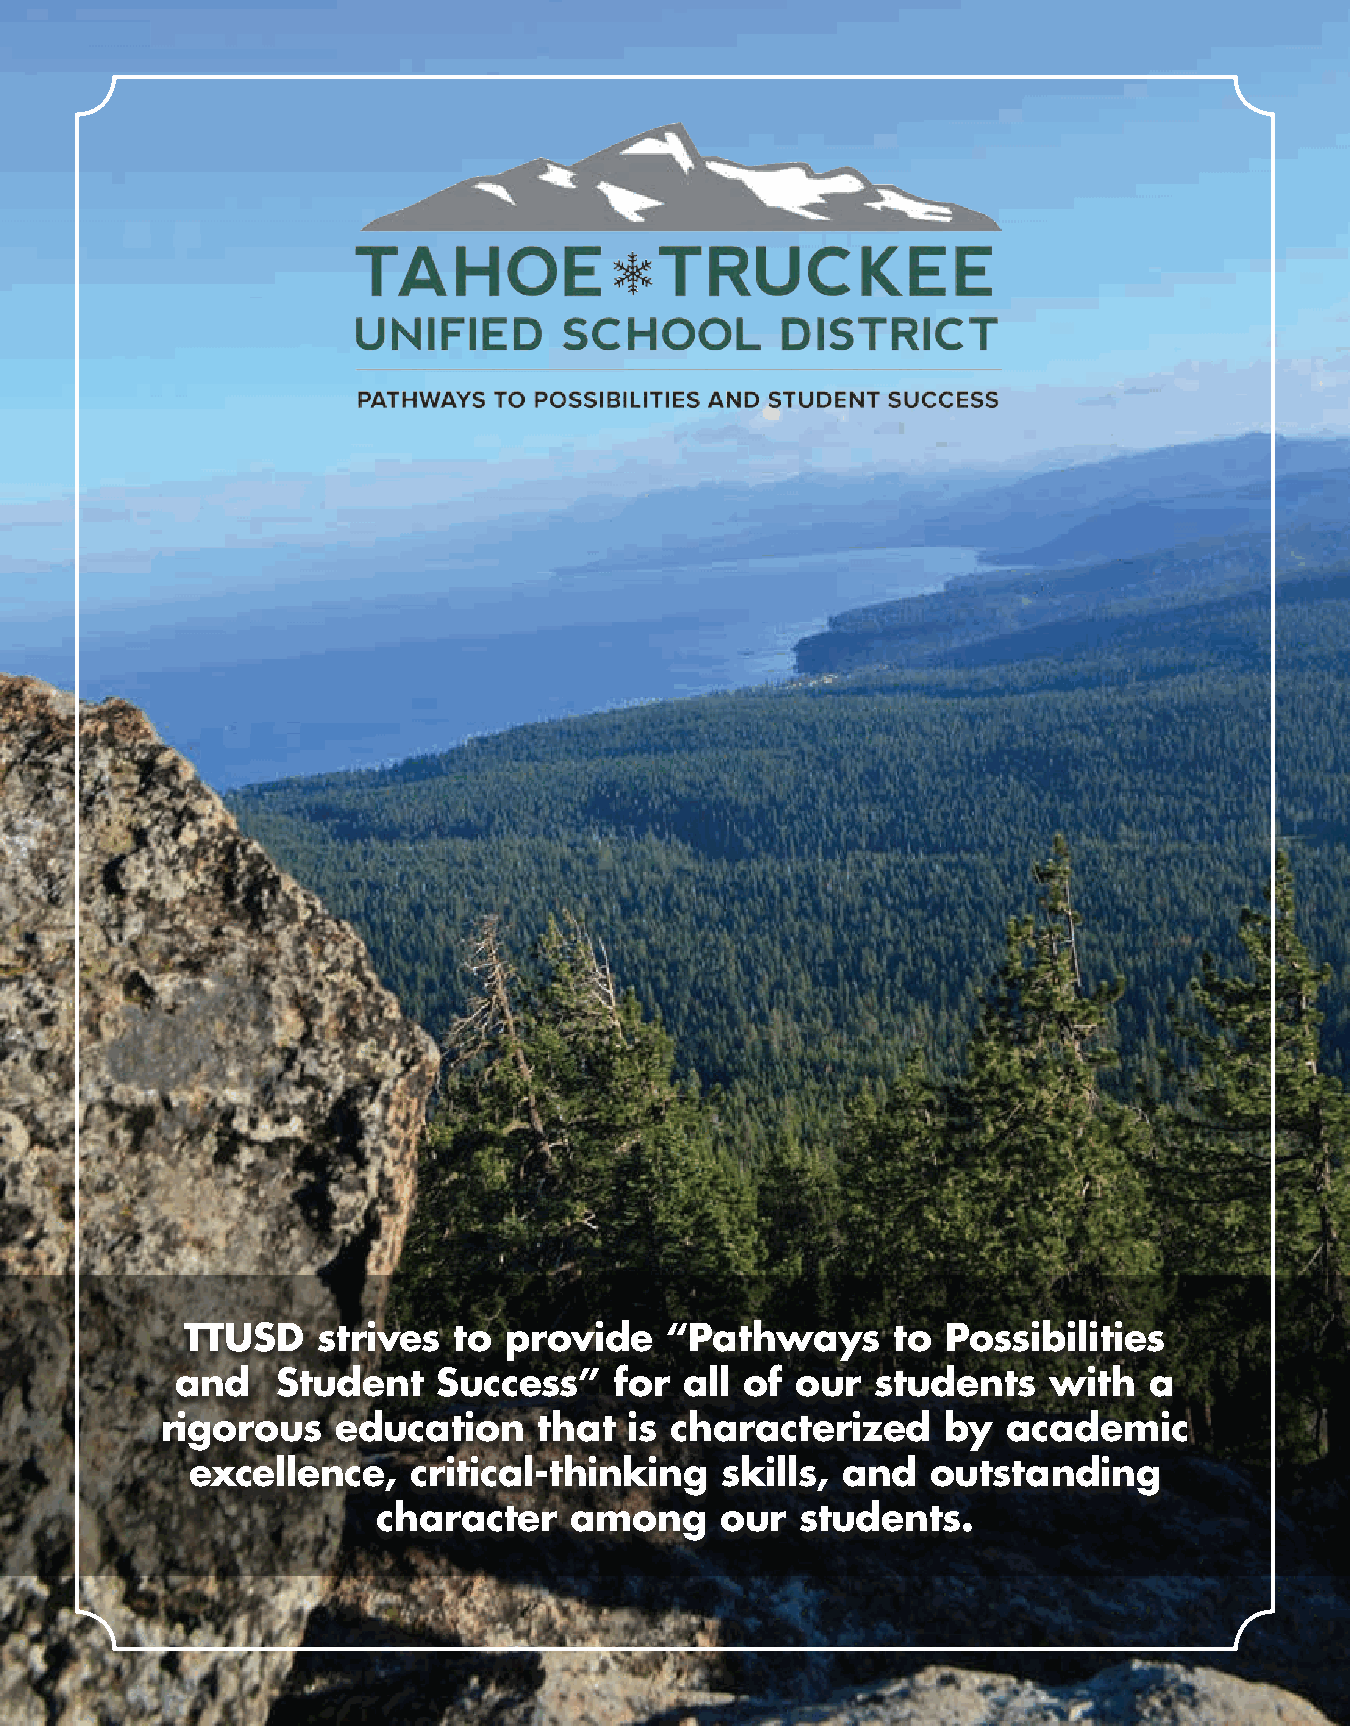
TTUSD    strives  to provide    “Pathways      to  Possibilities
 and   Student    Success”    for all of  our  students   with   a
 rigorous   education     that  is characterized     by  academic
 excellence,    critical-thinking    skills, and   outstanding
 character    among     our  students.